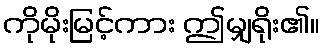
ကိုမိုးမြင့်ကား ဤမျှရိုး၏။